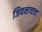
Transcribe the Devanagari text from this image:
जिवनाचाच